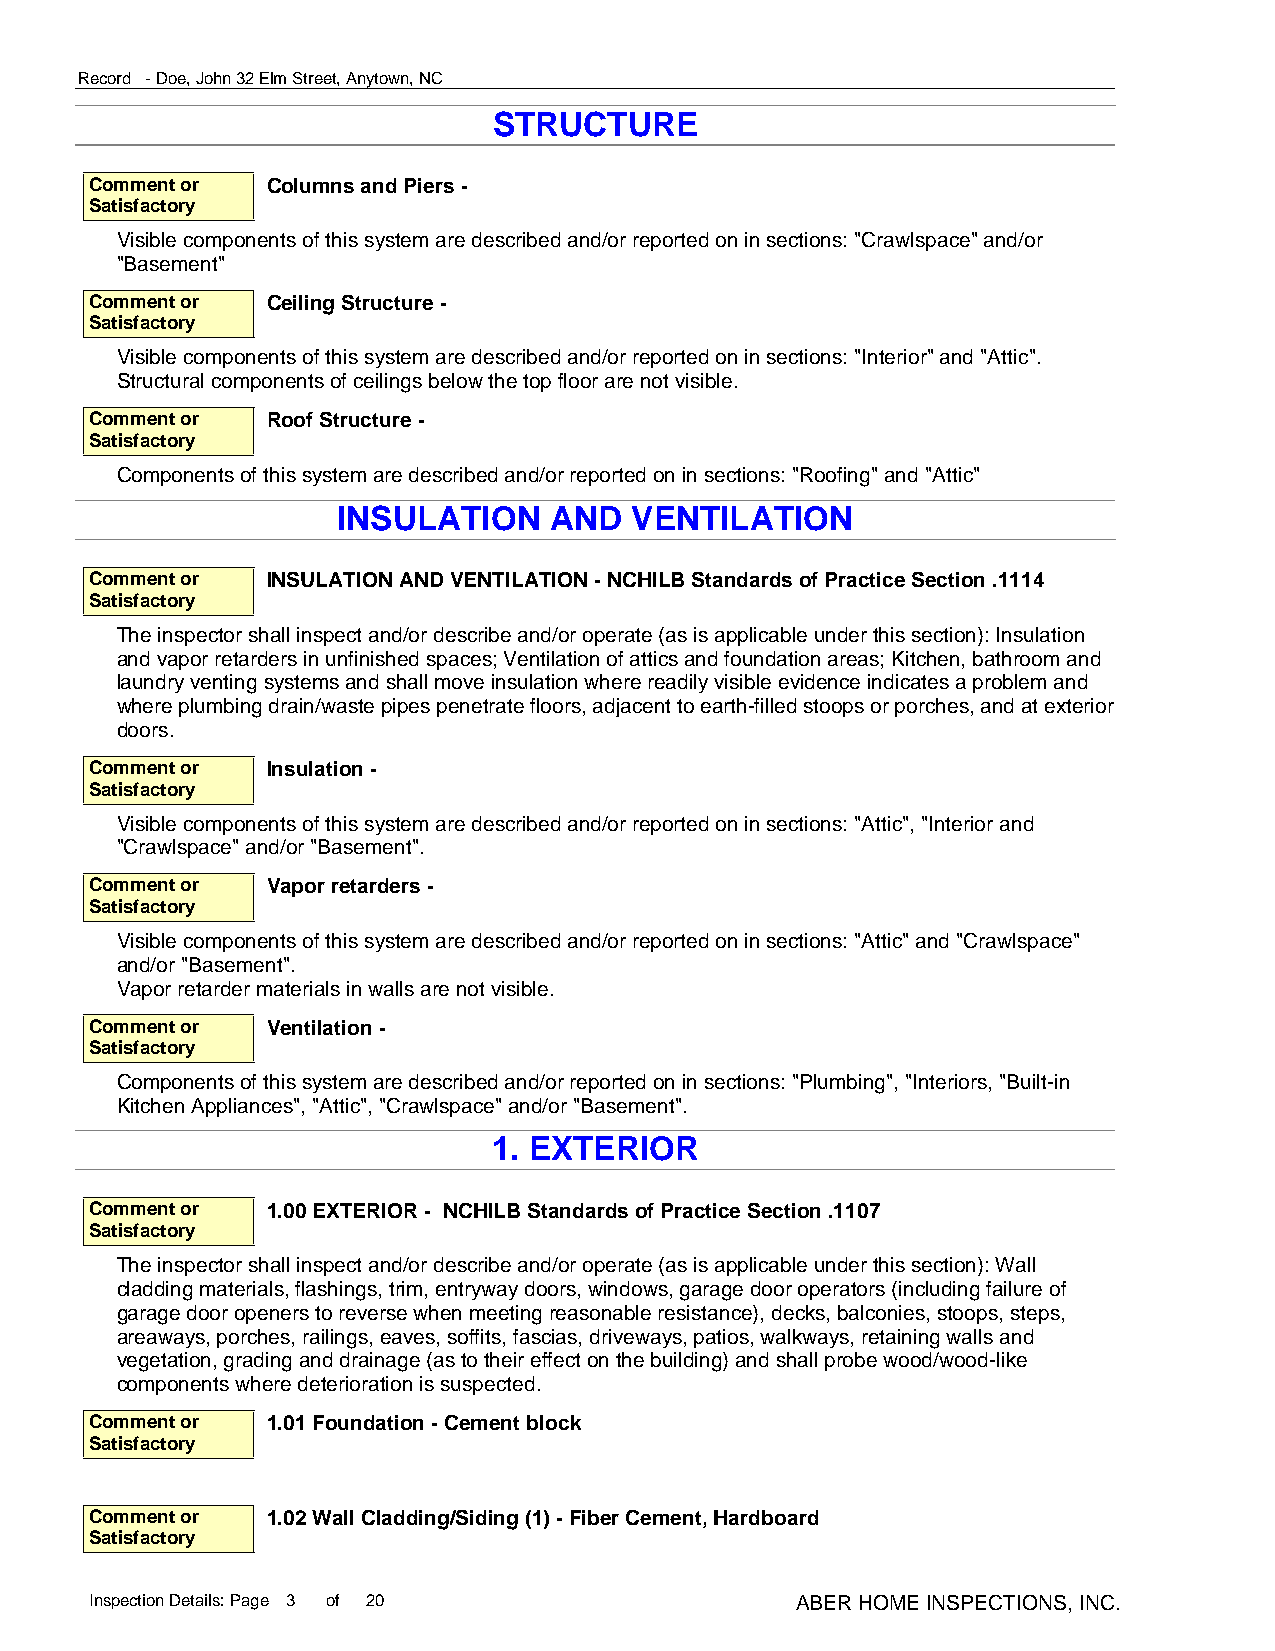
Record - Doe, John 32 Elm Street, Anytown, NC
 STRUCTURE
 Comment or  Columns and Piers -
 Satisfactory
 Visible components of this system are described and/or reported on in sections: "Crawlspace" and/or
 "Basement"
 Comment or  Ceiling Structure -
 Satisfactory
 Visible components of this system are described and/or reported on in sections: "Interior" and "Attic".
 Structural components of ceilings below the top floor are not visible.
 Comment or  Roof Structure -
 Satisfactory
 Components of this system are described and/or reported on in sections: "Roofing" and "Attic"
 INSULATION    AND   VENTILATION
 NCHILB Standards of Practice Section .1114
 Comment or  INSULATION AND VENTILATION - NCHILB Standards of Practice Section .1114
 Satisfactory
 The inspector shall inspect and/or describe and/or operate (as is applicable under this section): Insulation
 and vapor retarders in unfinished spaces; Ventilation of attics and foundation areas; Kitchen, bathroom and
 laundry venting systems and shall move insulation where readily visible evidence indicates a problem and
 where plumbing drain/waste pipes penetrate floors, adjacent to earth-filled stoops or porches, and at exterior
 doors.
 Comment or  Insulation -
 Satisfactory
 Visible components of this system are described and/or reported on in sections: "Attic", "Interior and
 "Crawlspace" and/or "Basement".
 Comment or  Vapor retarders -
 Satisfactory
 Visible components of this system are described and/or reported on in sections: "Attic" and "Crawlspace"
 and/or "Basement".
 Vapor retarder materials in walls are not visible.
 Comment or  Ventilation -
 Satisfactory
 Components of this system are described and/or reported on in sections: "Plumbing", "Interiors, "Built-in
 Kitchen Appliances", "Attic", "Crawlspace" and/or "Basement".
 1. EXTERIOR
 NCHILB Standards of Practice Section .1107
 Comment or  1.00 EXTERIOR - NCHILB Standards of Practice Section .1107
 Satisfactory
 The inspector shall inspect and/or describe and/or operate (as is applicable under this section): Wall
 cladding materials, flashings, trim, entryway doors, windows, garage door operators (including failure of
 garage door openers to reverse when meeting reasonable resistance), decks, balconies, stoops, steps,
 areaways, porches, railings, eaves, soffits, fascias, driveways, patios, walkways, retaining walls and
 vegetation, grading and drainage (as to their effect on the building) and shall probe wood/wood-like
 components where deterioration is suspected.
 Cement block
 Comment or  1.01 Foundation - Cement block
 Satisfactory
 Fiber Cement, Hardboard
 Comment or  1.02 Wall Cladding/Siding (1) - Fiber Cement, Hardboard
 Satisfactory
 Inspection Details: Page 3 of 20               ABER HOME INSPECTIONS, INC.